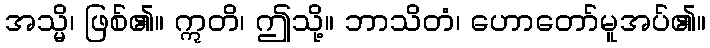
အသ္မိ၊ ဖြစ်၏။ ဣတိ၊ ဤသို့။ ဘာသိတံ၊ ဟောတော်မူအပ်၏။